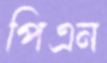
পিএন